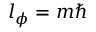
l _ { \phi } = m \hbar